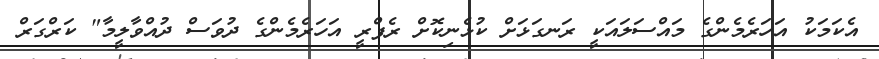
އެކަމަކު އަހަރެމެންގެ މައްސަލައަކީ ރަނގަޅަށް ކުޅެނިކޮށް ރެފްރީ އަހަރެމެންގެ ދުވަސް ދުއްވާލީމާ" ކަރްގަރް